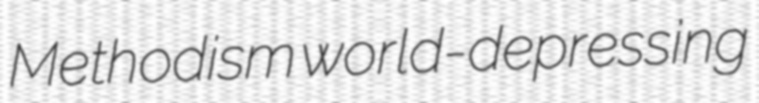
Methodism world-depressing